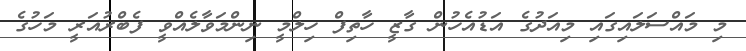
މި މައްސަލައިގައި މިއަދުގެ އަޑުއެހުން ގާޒީ ހާތިފް ހިލްމީ ނިންމަވާލެއްވީ ފެބްރުއަރީ މަހުގެ